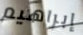
إبراهيم